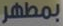
بمطهر